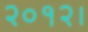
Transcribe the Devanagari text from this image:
२०१२।